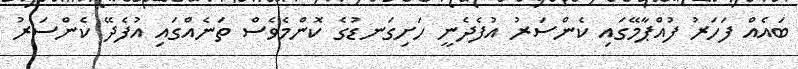
ބައެއް ފަހަރު ފުއްޕާމޭގައި ކެންސަރު އުފެދެނީ ހަށިގަނޑުގެ ކޮންމެވެސް ތަނެއްގައި އުފެދޭ ކެންސަރު